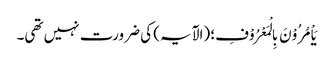
یَاْمُرُوْنَ بِالْمَعْرُوْفِ؛ (الآیہ) کی ضرورت نہیں تھی۔